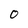
Character: O